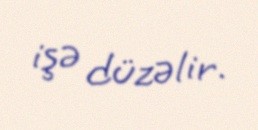
işə düzəlir.